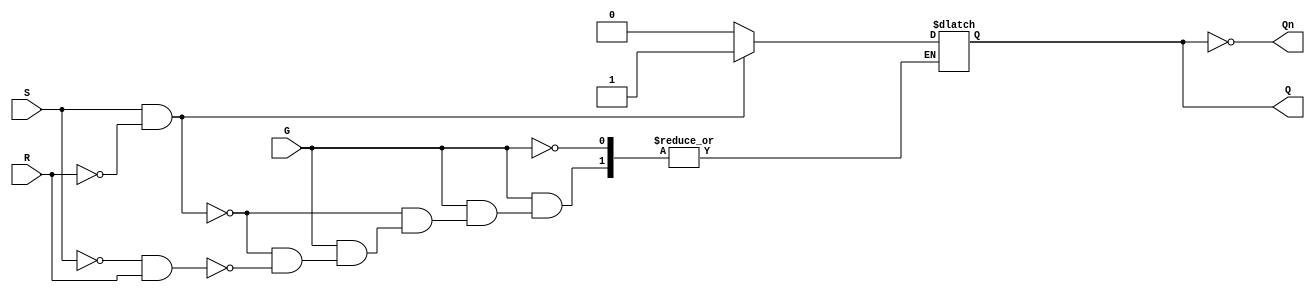
module gated_sr_latch (
    input wire S,      // Set input
    input wire R,      // Reset input
    input wire G,      // Gate input
    output reg Q,      // Output Q
    output wire Qn     // Complement of Q
);

    assign Qn = ~Q; // Q' is the complement of Q

    always @(*) begin
        if (G == 1) begin
            if (S == 1 && R == 0) begin
                Q = 1; // Set state
            end else if (S == 0 && R == 1) begin
                Q = 0; // Reset state
            end else if (S == 0 && R == 0) begin
                // Hold state, Q retains its previous value
                // No need to assign Q here, it will hold the previous value
            end else begin
                // Invalid state: both S and R are high
                // You can choose to handle this in various ways, such as:
                // Q = 1'bx; // Indeterminate state
                // or leave it as is to retain previous state
            end
        end
        // If G is 0, Q retains its previous value (Hold state)
    end

endmodule